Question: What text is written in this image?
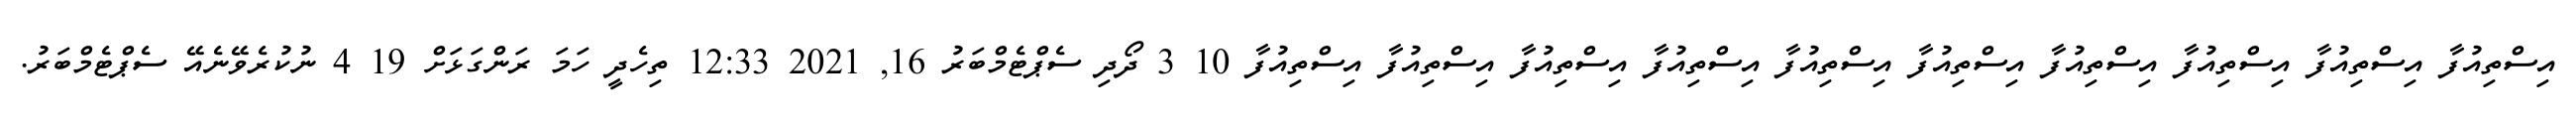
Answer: އިސްތިއުފާ އިސްތިއުފާ އިސްތިއުފާ އިސްތިއުފާ އިސްތިއުފާ އިސްތިއުފާ އިސްތިއުފާ އިސްތިއުފާ އިސްތިއުފާ އިސްތިއުފާ 10 3 ދޯދި ސެޕްޓެމްބަރު 16, 2021 12:33 ތިހެދީ ހަމަ ރަންގަޅަށް 19 4 ނުކުރެވޭނެއޭ ސެޕްޓެމްބަރު.